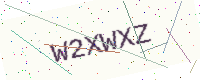
Text: W2XWXZ